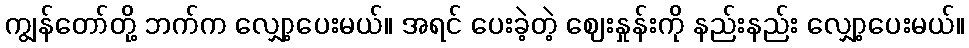
ကျွန်တော်တို့ ဘက်က လျှော့ပေးမယ်။ အရင် ပေးခဲ့တဲ့ ဈေးနှုန်းကို နည်းနည်း လျှော့ပေးမယ်။